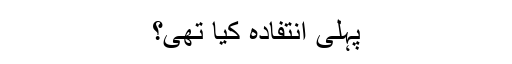
پہلی انتفادہ کیا تھی؟